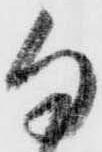
勿